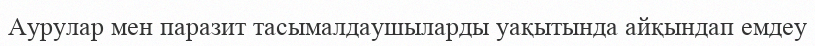
Аурулар мен паразит тасымалдаушыларды уақытында айқындап емдеу